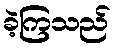
ခဲ့ကြသည်